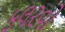
કલરવો